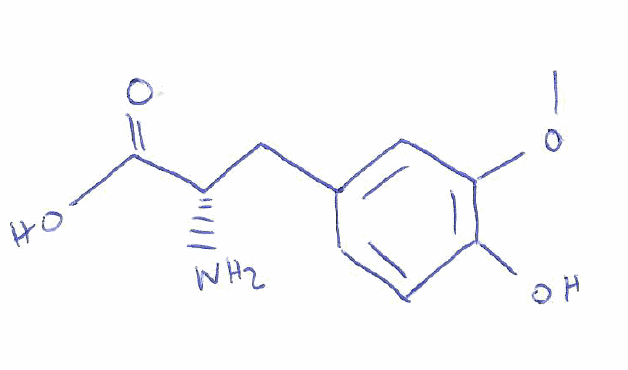
Simplified molecular-input line-entry system (SMILES) notation of the given molecule:
COC1=C(C=CC(=C1)C[C@@H](C(=O)O)N)O